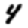
Digit: 4